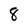
Character: 8